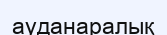
ауданаралық